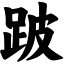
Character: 跛